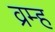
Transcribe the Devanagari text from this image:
व्रम्ह